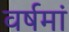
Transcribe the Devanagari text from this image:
वर्षमां